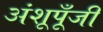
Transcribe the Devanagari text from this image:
अंशूपूँजी